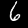
Label: 6